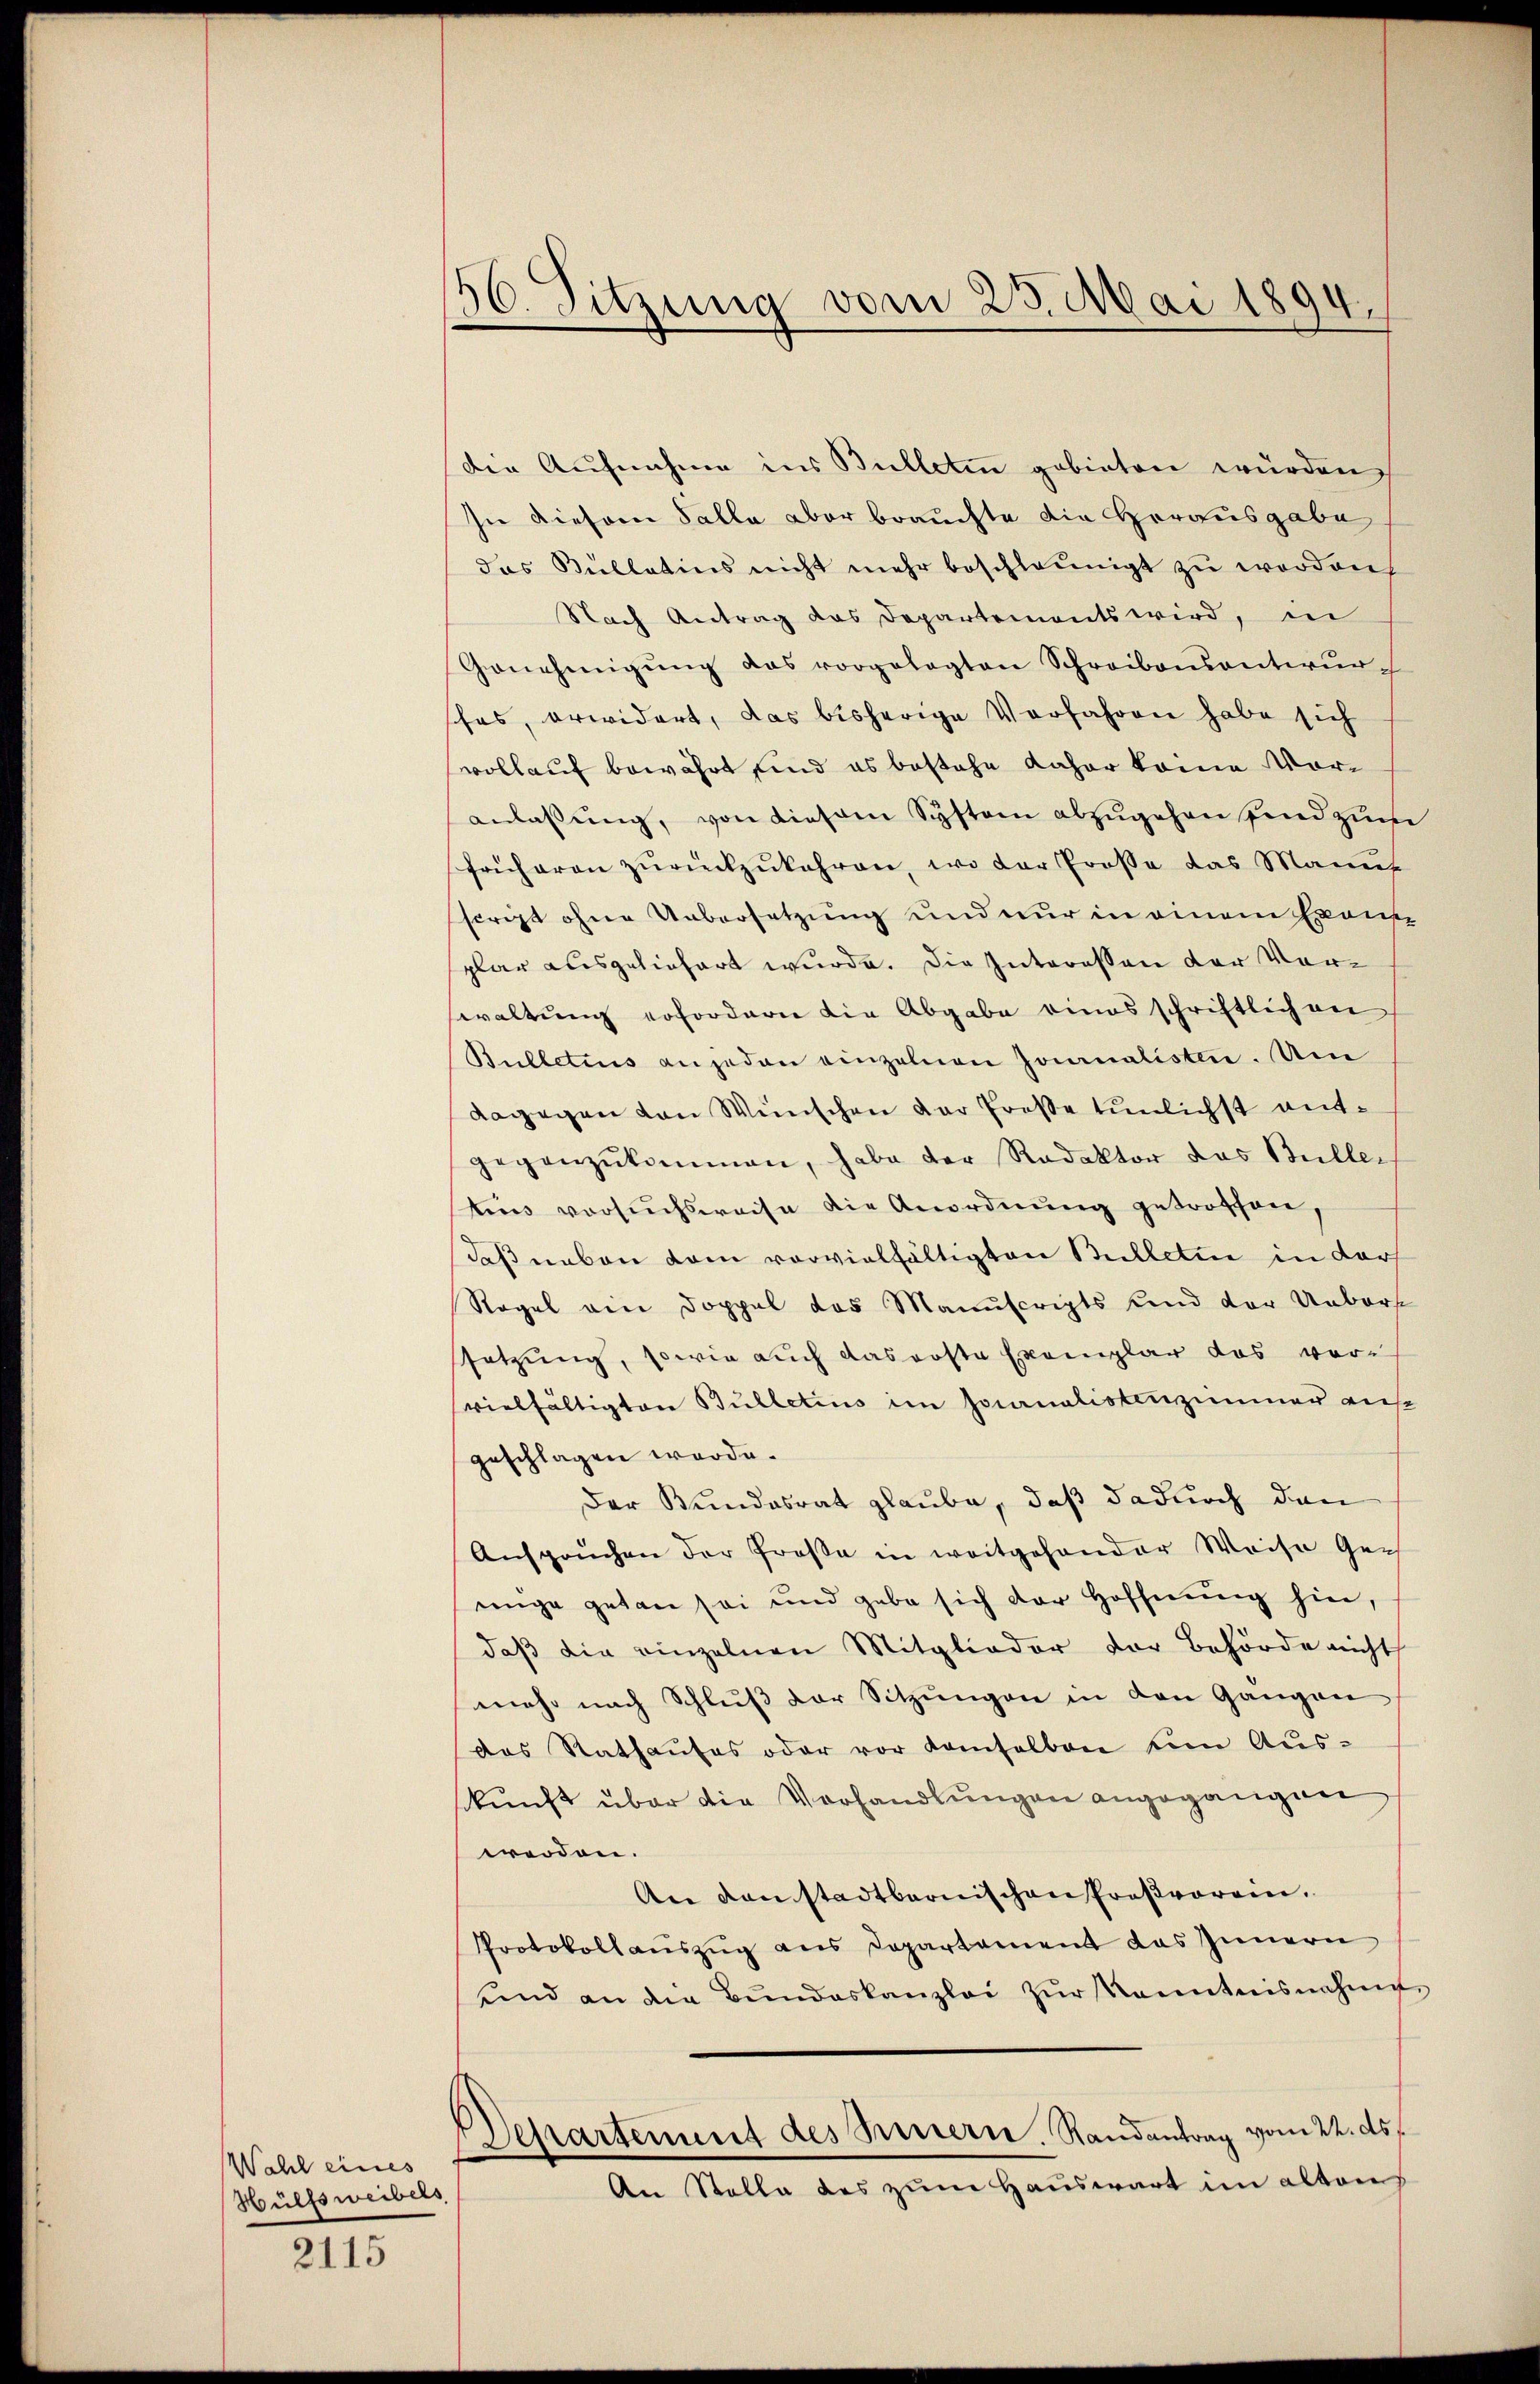
Wahl eines
Hülfsweibers

2115

56. Sitzung vom 23. Mai 1894.

Die Aufnahme ins Bulletin gebieten würden,
sie diesem Falle aber brauchte die Herausgabe
das Bullatins nicht mehr beschleunigt zŭ worden.
Nach Antrag das Departements wird, in
Genehmigŭng das vorgelegten Schreibensentwurfes, erwidert, das bisherige Verfahren habe sich
vollauf bewährt sind es bestehe daher keine Voranlassung, von diesem System abzugehen sind zum
früheren zŭrückzukehren, wo der Prose das Manuf
script ohne Uebersetzung und nur in einem Exansplar ausgeliefert wurde. Die Interessen der Vorwaltung erfordern die Abgabe eines schriftlichen
Bulletius an jeden einzelnen Journalisten. Um
dagegen von Wünschen der Preße tunlichst entgegenzŭkommen, habe der Redaktor das Büller
tins versuchsweise die Anordnung getroffen,
daß neben kam vorvielfältigten Bulletin in darf
Regel ein Doppel das Manuscripts und der Unbor
ssetzung, sowie auch das erste Exemplar das vorvielfaltigten Bulletins im Socanalistenzimmer auf
geschlagen werde.
Der Bundesrat glaube, daß dadurch den
Anspruchen der Große in weitgehander Weise Gen
nige getan sei und gabe sich der Hoffnung hin,
daß die einzelnen Mitglieder der Behörde nicht
mehr nach Schluß der Sitzungen in den Gangen
das Rathaŭses oder vor damselben vom Aŭs-
skunft über die Verhandlungen angegangen
worden.
An danstadtbernischen Proßvorein.
Protokollaŭszŭg ans Departement das Innern
und an die Bŭndeskanzlei zŭr Kenntnisnahme
Departement des Innern. Randantrag vom 22. ds.
An Stelle des zum Hauswart im altens